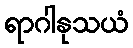
ရာဂါနုသယံ